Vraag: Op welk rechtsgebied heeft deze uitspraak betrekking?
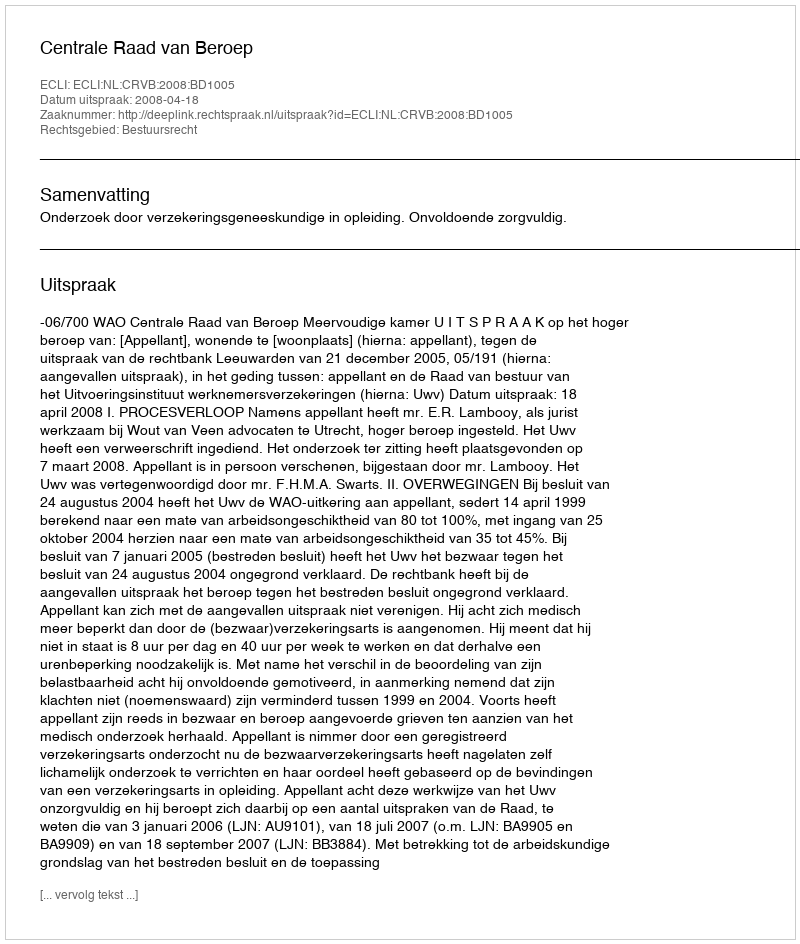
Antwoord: Bestuursrecht